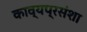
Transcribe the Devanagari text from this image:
काव्यप्रसंशा